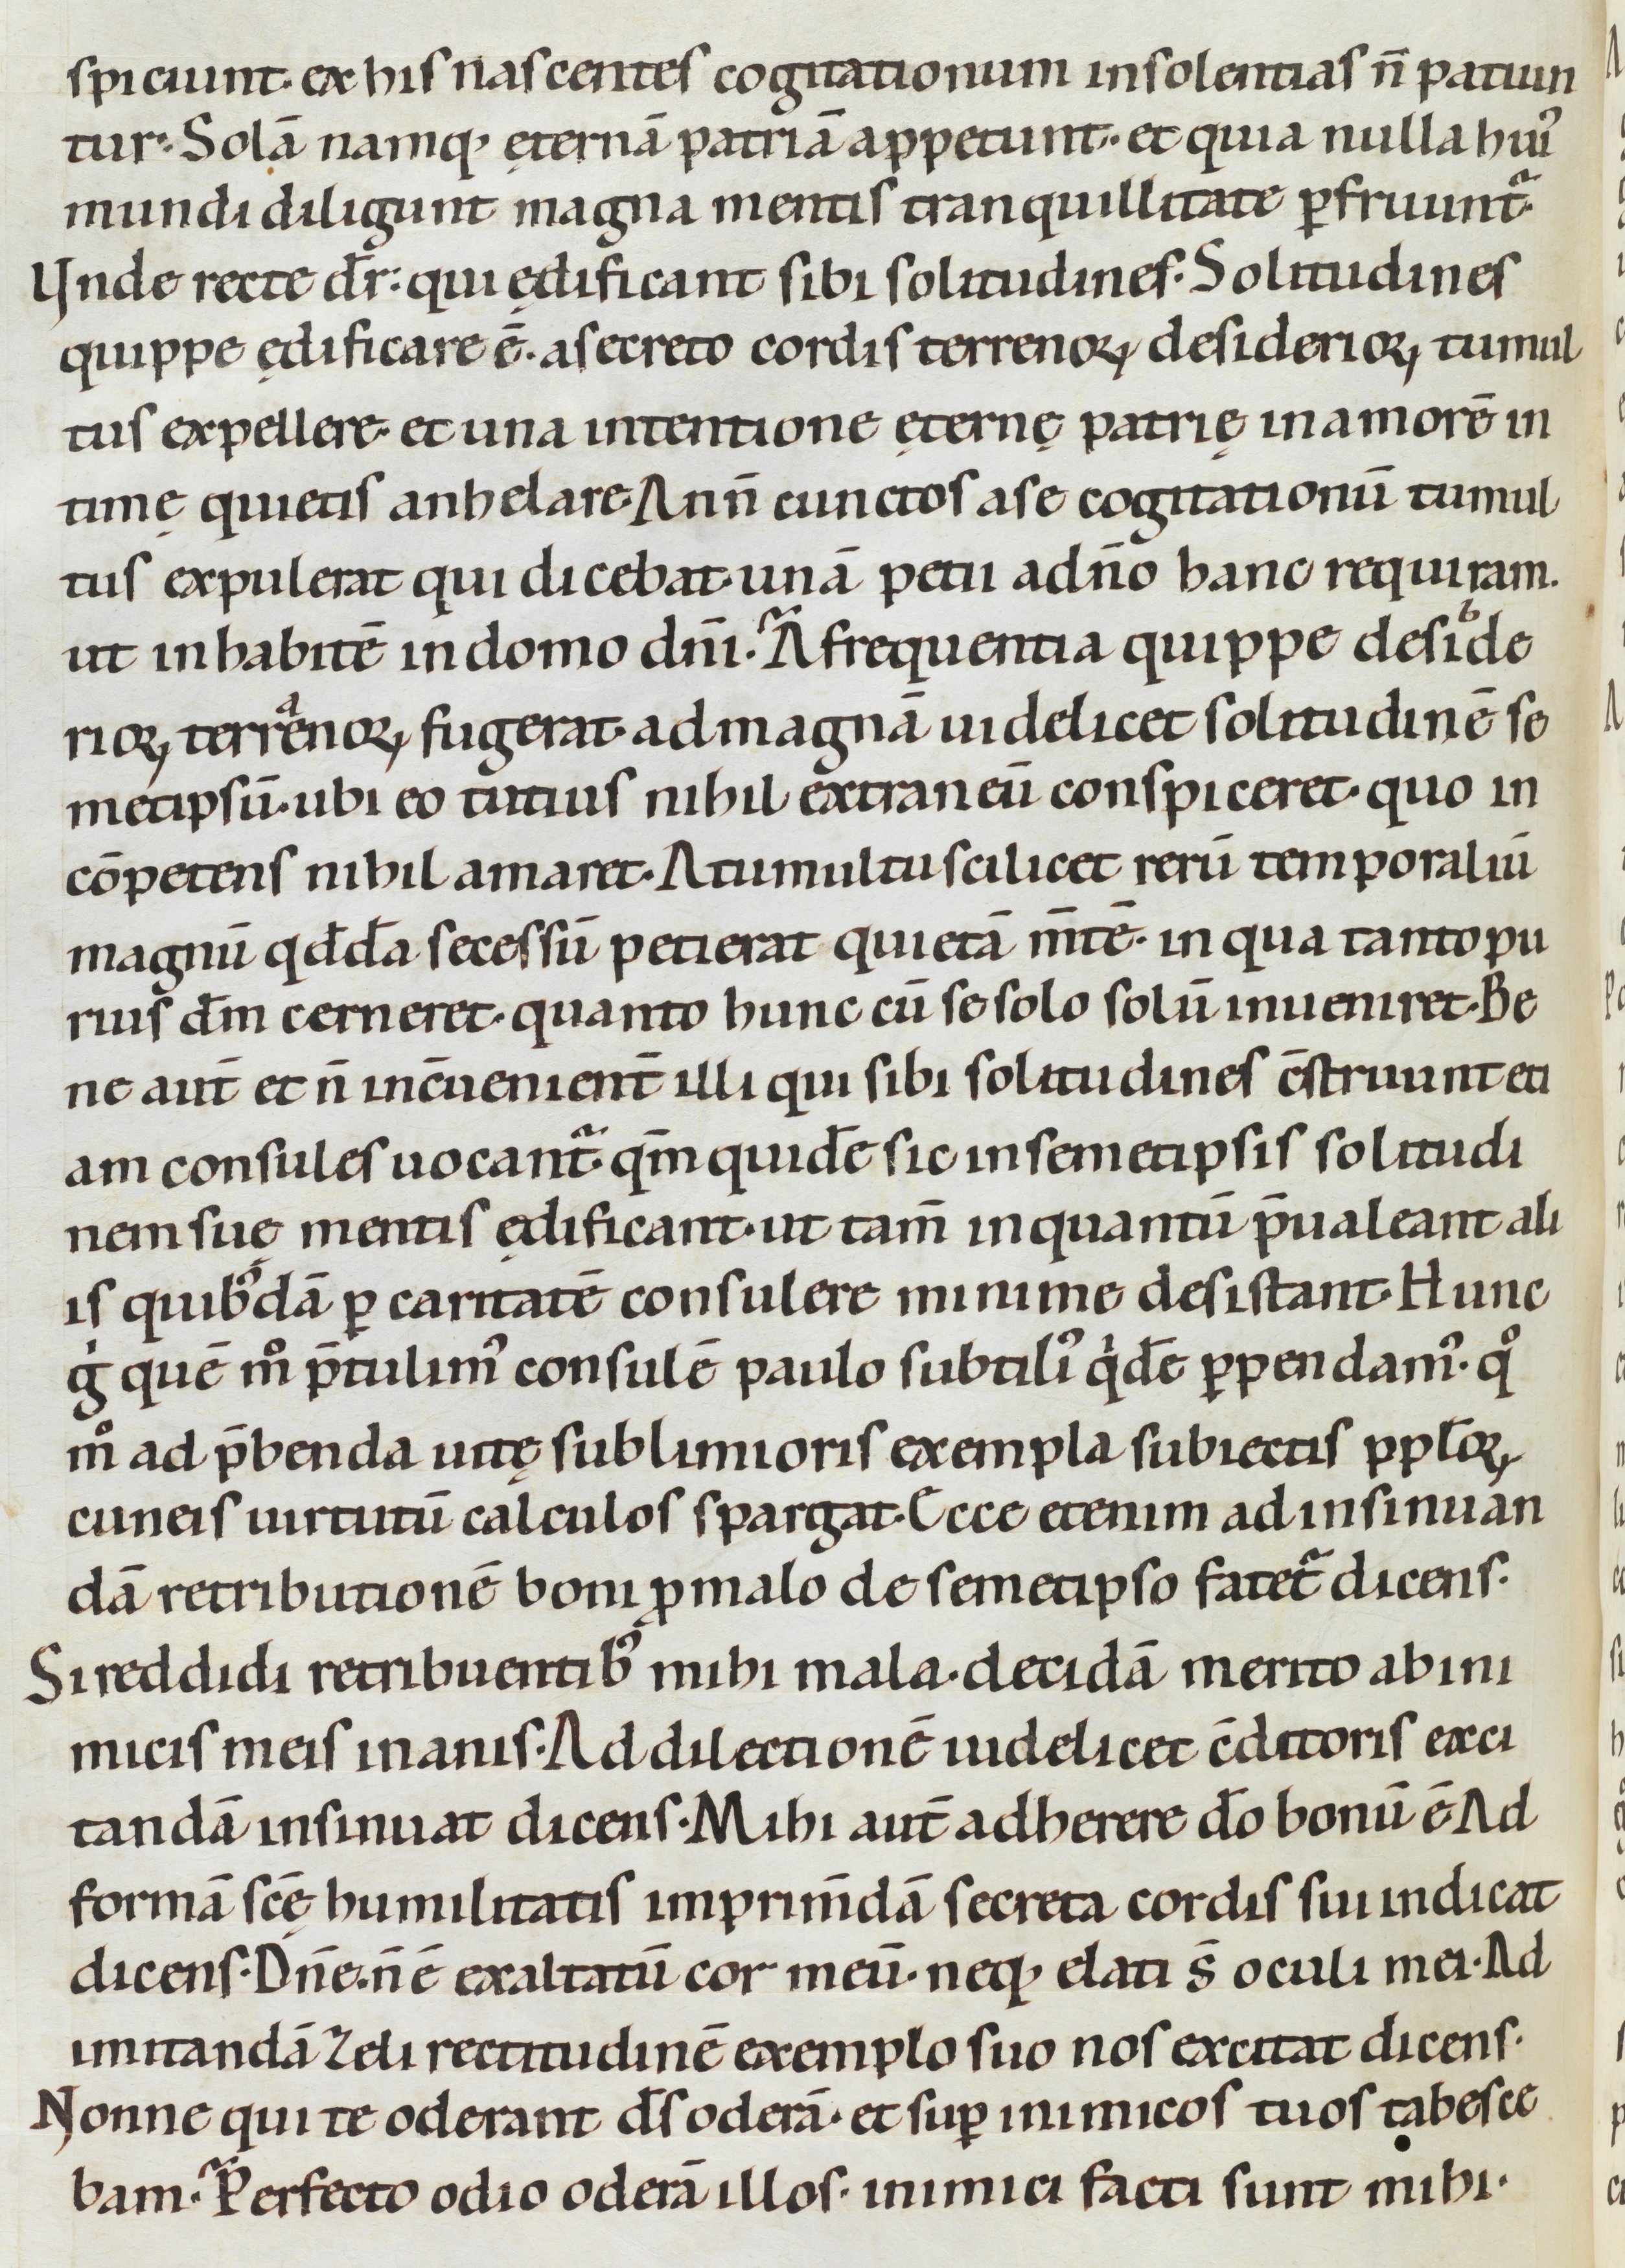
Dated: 1080–1096